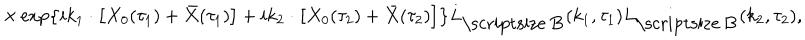
\times \exp \left\{ i { k _ { 1 } } \cdot \left[ { X _ { 0 } } ( { \tau _ { 1 } } ) + \bar { X } ( { \tau _ { 1 } } ) \right] + i { k _ { 2 } } \cdot \left[ { X _ { 0 } } ( { \tau _ { 2 } } ) + \bar { X } ( { \tau _ { 2 } } ) \right] \right\} { L _ { \mathrm { \scriptsize ~ B } } } ( { k _ { 1 } } , { \tau _ { 1 } } ) { L _ { \mathrm { \scriptsize ~ B } } } ( { k _ { 2 } } , { \tau _ { 2 } } ) ,